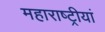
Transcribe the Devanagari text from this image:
महाराष्ट्रीयां